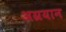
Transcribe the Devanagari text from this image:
अग्रयान